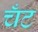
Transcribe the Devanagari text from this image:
चँट